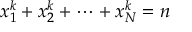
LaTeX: x _ { 1 } ^ { k } + x _ { 2 } ^ { k } + \cdots + x _ { N } ^ { k } = n